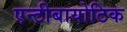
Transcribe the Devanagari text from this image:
एन्टीबायोटिक